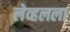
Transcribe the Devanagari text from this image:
लेव्हलला